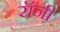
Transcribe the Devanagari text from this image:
रॉंनी